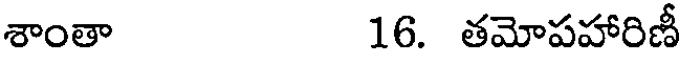
శాంతా 16. తమోపహారిణీ